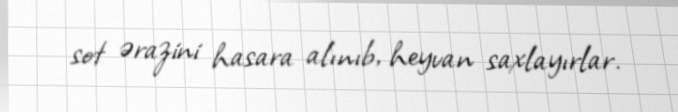
sot ərazini hasara alınıb, heyvan saxlayırlar.